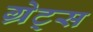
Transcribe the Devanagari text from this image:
ग्रेट्स